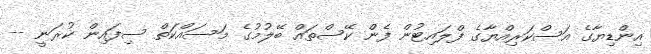
އިންޑިޔާގެ އަސްކަރިއްޔާގެ ފްލައިޓުން ފެން ކޭސްތައް ބޭލުމުގެ މަސައްކަތް ސިފައިން ކުރަނީ --